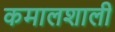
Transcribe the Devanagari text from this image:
कमालशाली